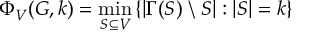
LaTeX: \Phi _ { V } ( G , k ) = \operatorname* { m i n } _ { S \subseteq V } \left\{ | \Gamma ( S ) \setminus S | : | S | = k \right\}